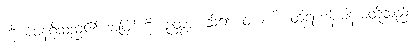
ကိုယ်ဝန်ရှိသည်၏ အဖြစ်ကို။ ဉတွာ၊ သိ၍။ တာဟိ၊ ထိုရဟန်းမိန်းမတို့သည်။